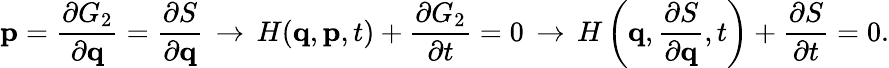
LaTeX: \mathbf{p}={\frac{\partial G_{2}}{\partial\mathbf{q}}}={\frac{\partial S}{\partial\mathbf{q}}}\, \rightarrow\, H(\mathbf{q},\mathbf{p},t)+{\frac{\partial G_{2}}{\partial t}}=0\, \rightarrow\, H\left(\mathbf{q},{\frac{\partial S}{\partial\mathbf{q}}},t\right)+{\frac{\partial S}{\partial t}}=0.